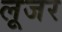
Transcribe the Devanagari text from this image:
लूजर